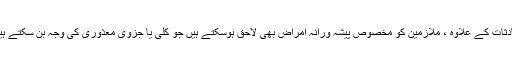
حادثات کے علاوہ ، ملازمین کو مخصوص پیشہ ورانہ امراض بھی لاحق ہوسکتے ہیں جو کلی یا جزوی معذوری کی وجہ بن سکتے ہیں۔